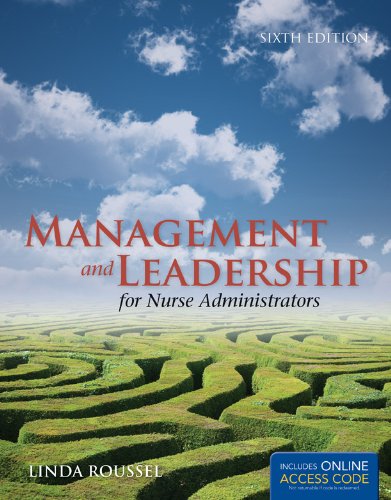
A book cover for Management And Leadership For Nurse Administrators (Roussel, Management and leadership for Nurse Administrators With Online Access); Linda A. Roussel; Medical Books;